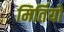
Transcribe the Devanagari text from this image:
मिर्तियों